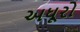
અધૂરો